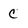
Character: C